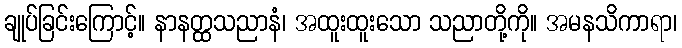
ချုပ်ခြင်းကြောင့်။ နာနတ္ထသညာနံ၊ အထူးထူးသော သညာတို့ကို။ အမနသိကာရာ၊